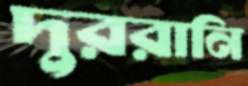
দুররানি